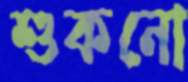
শুকনো